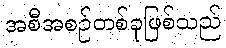
အစီအစဉ်တစ်ခုဖြစ်သည်